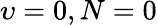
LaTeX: \upsilon=0,N=0